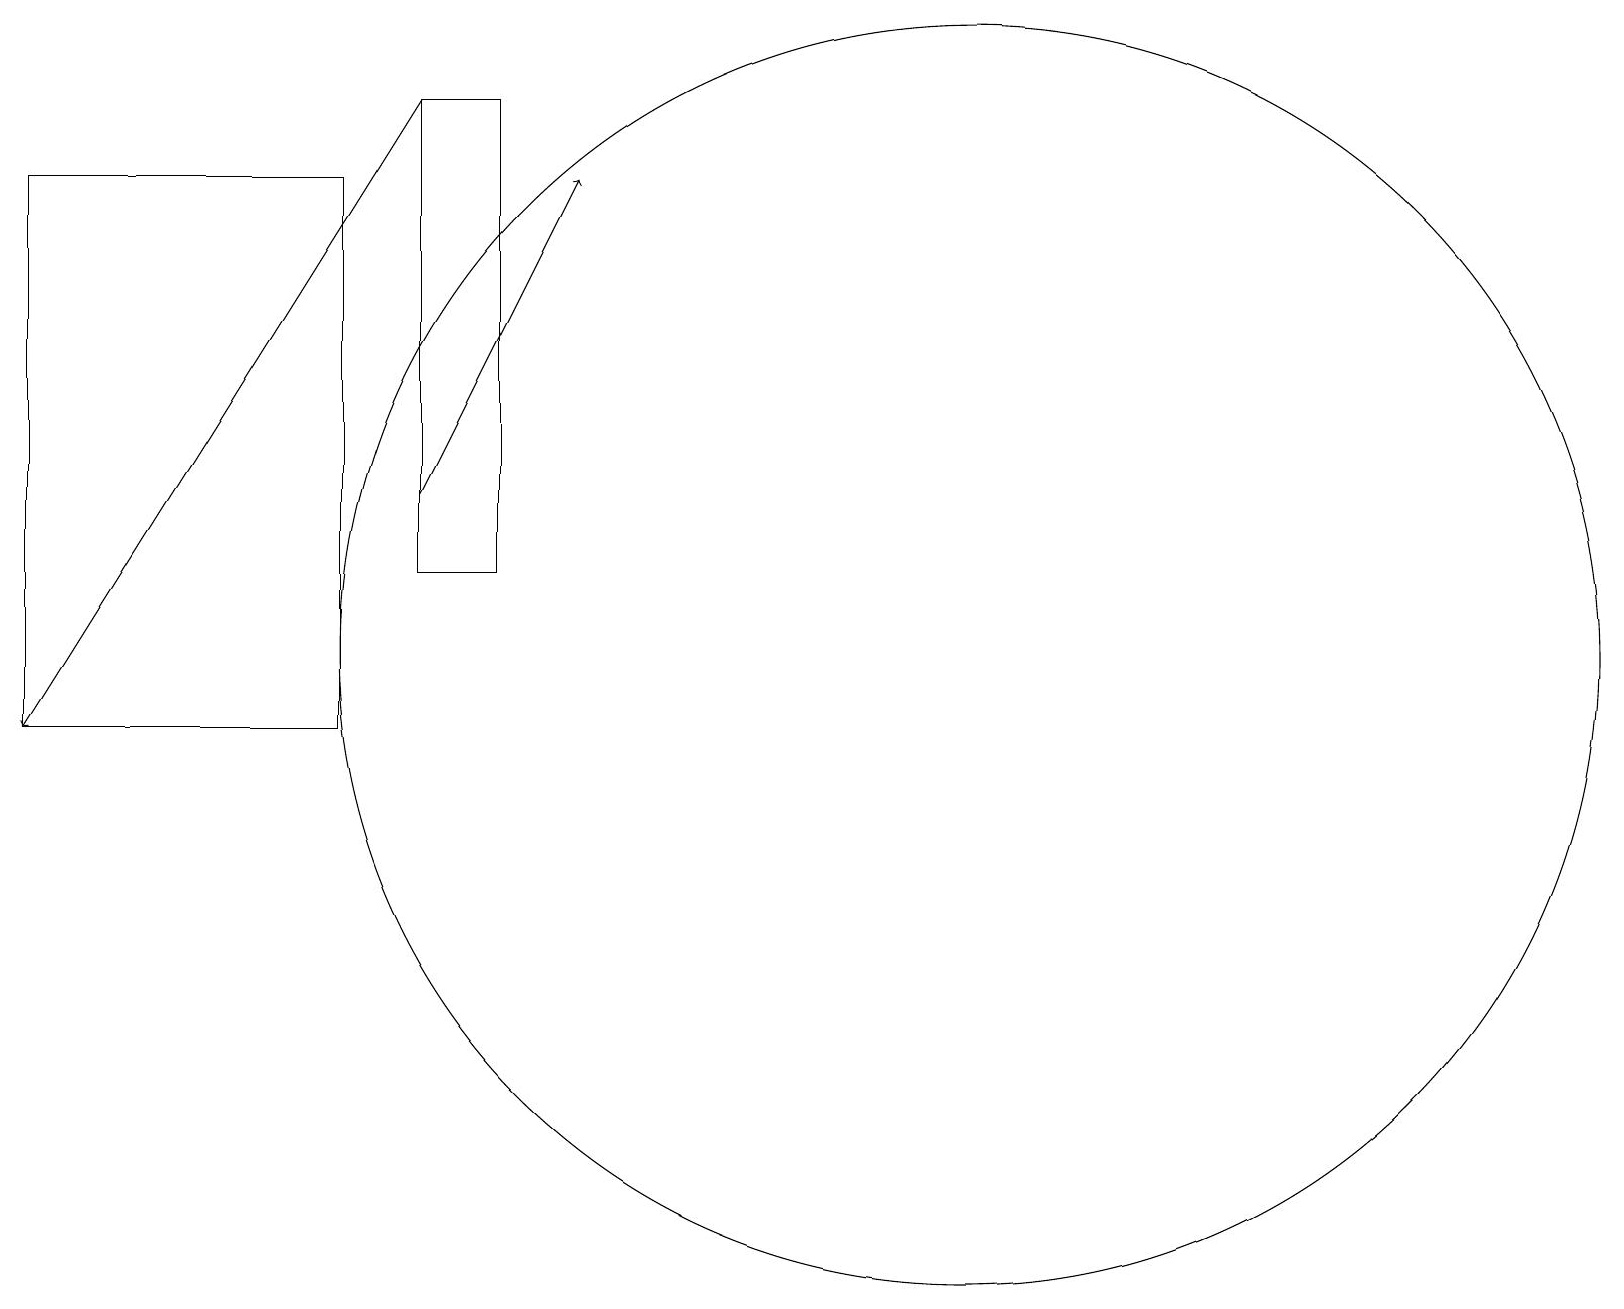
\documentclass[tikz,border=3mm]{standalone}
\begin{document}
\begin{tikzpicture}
\draw (6,13) rectangle (5,19);
\draw (12,12) circle (8);
\draw (4,18) rectangle (0,11);
\draw[->] (5,14) -- (7,18);
\draw[->] (5,19) -- (0,11);
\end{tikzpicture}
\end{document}